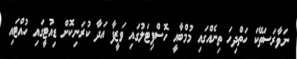
ނަވާރަސަތޭކަ ހަތްދިހަ ތިނެއްގައި މުމްބާއީ ހޮސްޕިޓަލުގައި ވަޒީފާ އަދާ ކުރަނިކޮށް ޑިއުޓީގައި ހުއްޓައި